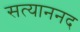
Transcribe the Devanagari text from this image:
सत्याननद